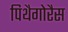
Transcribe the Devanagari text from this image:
पिथैगोरैस